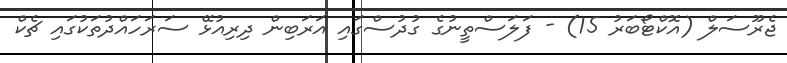
ޖެރޫސަލް (އޮކްޓޯބަރު 15) - ފަލަސްތީނުގެ ގުދުސްގައި އަރަބިން ދިރިއުޅޭ ސަރަހައްދުތަކުގައި ޗެކް